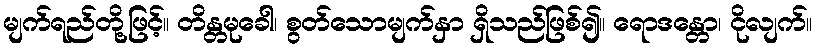
မျက်ရည်တို့ဖြင့်။ တိန္တမုခေါ၊ စွတ်သောမျက်နှာ ရှိသည်ဖြစ်၍။ ရောဒန္တော၊ ငိုလျက်။